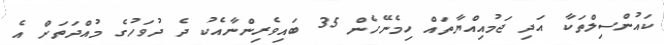
ކައުންސިލްތަކާ އަދި ޖަމުއިއްޔާތައް ހިމެނޭހެން 35 ބައިވެރިންނާއެކު ދެ ދުވަހުގެ މުއްދަތަށް އެ